Annual report of the Imperial Bacteriological Laboratory, Muktesar
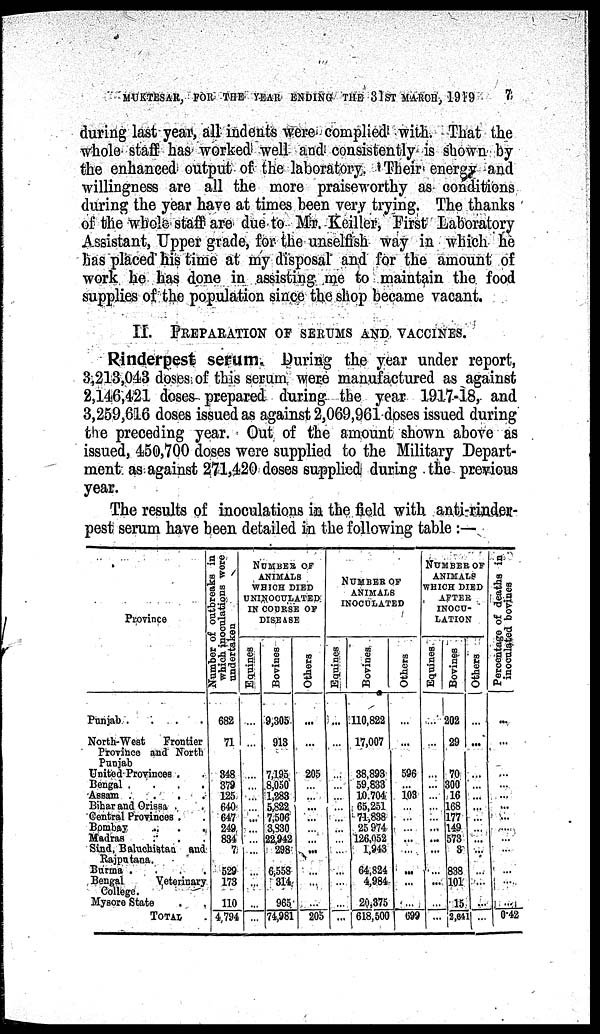
MUKTESAR, FOR THE YEAR ENDING THE 31ST MARCH, 1919
7
during last year, all indents were complied with. That the
whole staff has worked well and consistently is shown by
the enhanced output of the laboratory. Their energy and
willingness are all the more praiseworthy as conditions
during the year have at times been very trying. The thanks
of the whole staff are due to Mr. Keiller, First Laboratory
Assistant, Upper grade, for the unselfish way in which he
has placed his time at my disposal and for the amount of
work he has done in assisting me to maintain the food
supplies of the population since the shop became vacant.
II. PREPARATION OF SERUMS AND VACCINES.
Rinderpest serum During the year under report,
3,213,043 doses of this serum were manufactured as against
2,146,421 doses prepared during the year 1917-18, and
3,259,616 doses issued as against 2,069,961 doses issued during
the preceding year. Out of the amount shown above as
issued, 450,700 doses were supplied to the Military Depart-
ment as against 271,420 doses supplied during the previous
year.
The results of inoculations in the field with anti-rinder-
pest serum have been detailed in the following table :—
Province
Punjab .
.
.
.
North-West
Frontier
Province and North
Punjab
United Provinces .
Bengal .
.
.
.
Assam .
.
.
.
Bihar and Orissa
Central Provinces .
Bombay
Madras
Sind, Baluchistan and
Rajputana.
Burma .
Bengal
Veterinary
College.
Mysore State
TOTAL
Number of outbreaks in
which inoculations were
undertaken
682
71
348
379
125
640
647
249
834
7
529
173
110
4,794
NUMBER OF
ANIMALS
WHICH DIED
UNINOCULATED
IN COURSE OF
DISEASE
Equines
...
...
...
...
...
...
...
...
...
...
...
...
...
...
Bovines
9,305
913
7,195
8,050
1,283
5,822
7,506
3,830
22,942
298
6,558
314
965
74,981
Others
...
...
205
...
...
...
...
...
...
...
...
...
...
205
NUMBER OF
ANIMALS
INOCULATED
Equines
. . .
...
...
...
...
...
...
...
...
...
...
...
...
Bovines
110,822
17,007
38,893
59,833
10,704
65,251
74,838
25,974
126,052
1,943
64,824
4,984
20,375
618,500
Others
...
...
596
...
103
...
...
...
...
...
...
...
...
699
NUMBER OF
ANIMALS
WHICH DIED
AFTER
INOCU-
LATION
Equines
...
...
...
...
...
...
...
...
...
...
...
...
...
...
Bovines
202
29
70
300
16
168
177
149
573
3
838
101
15
2,641
Others
...
...
...
...
...
...
...
...
...
...
...
...
...
...
Percentage of deaths in
inoculated bovines
...
...
...
...
...
...
...
...
...
...
...
0.42